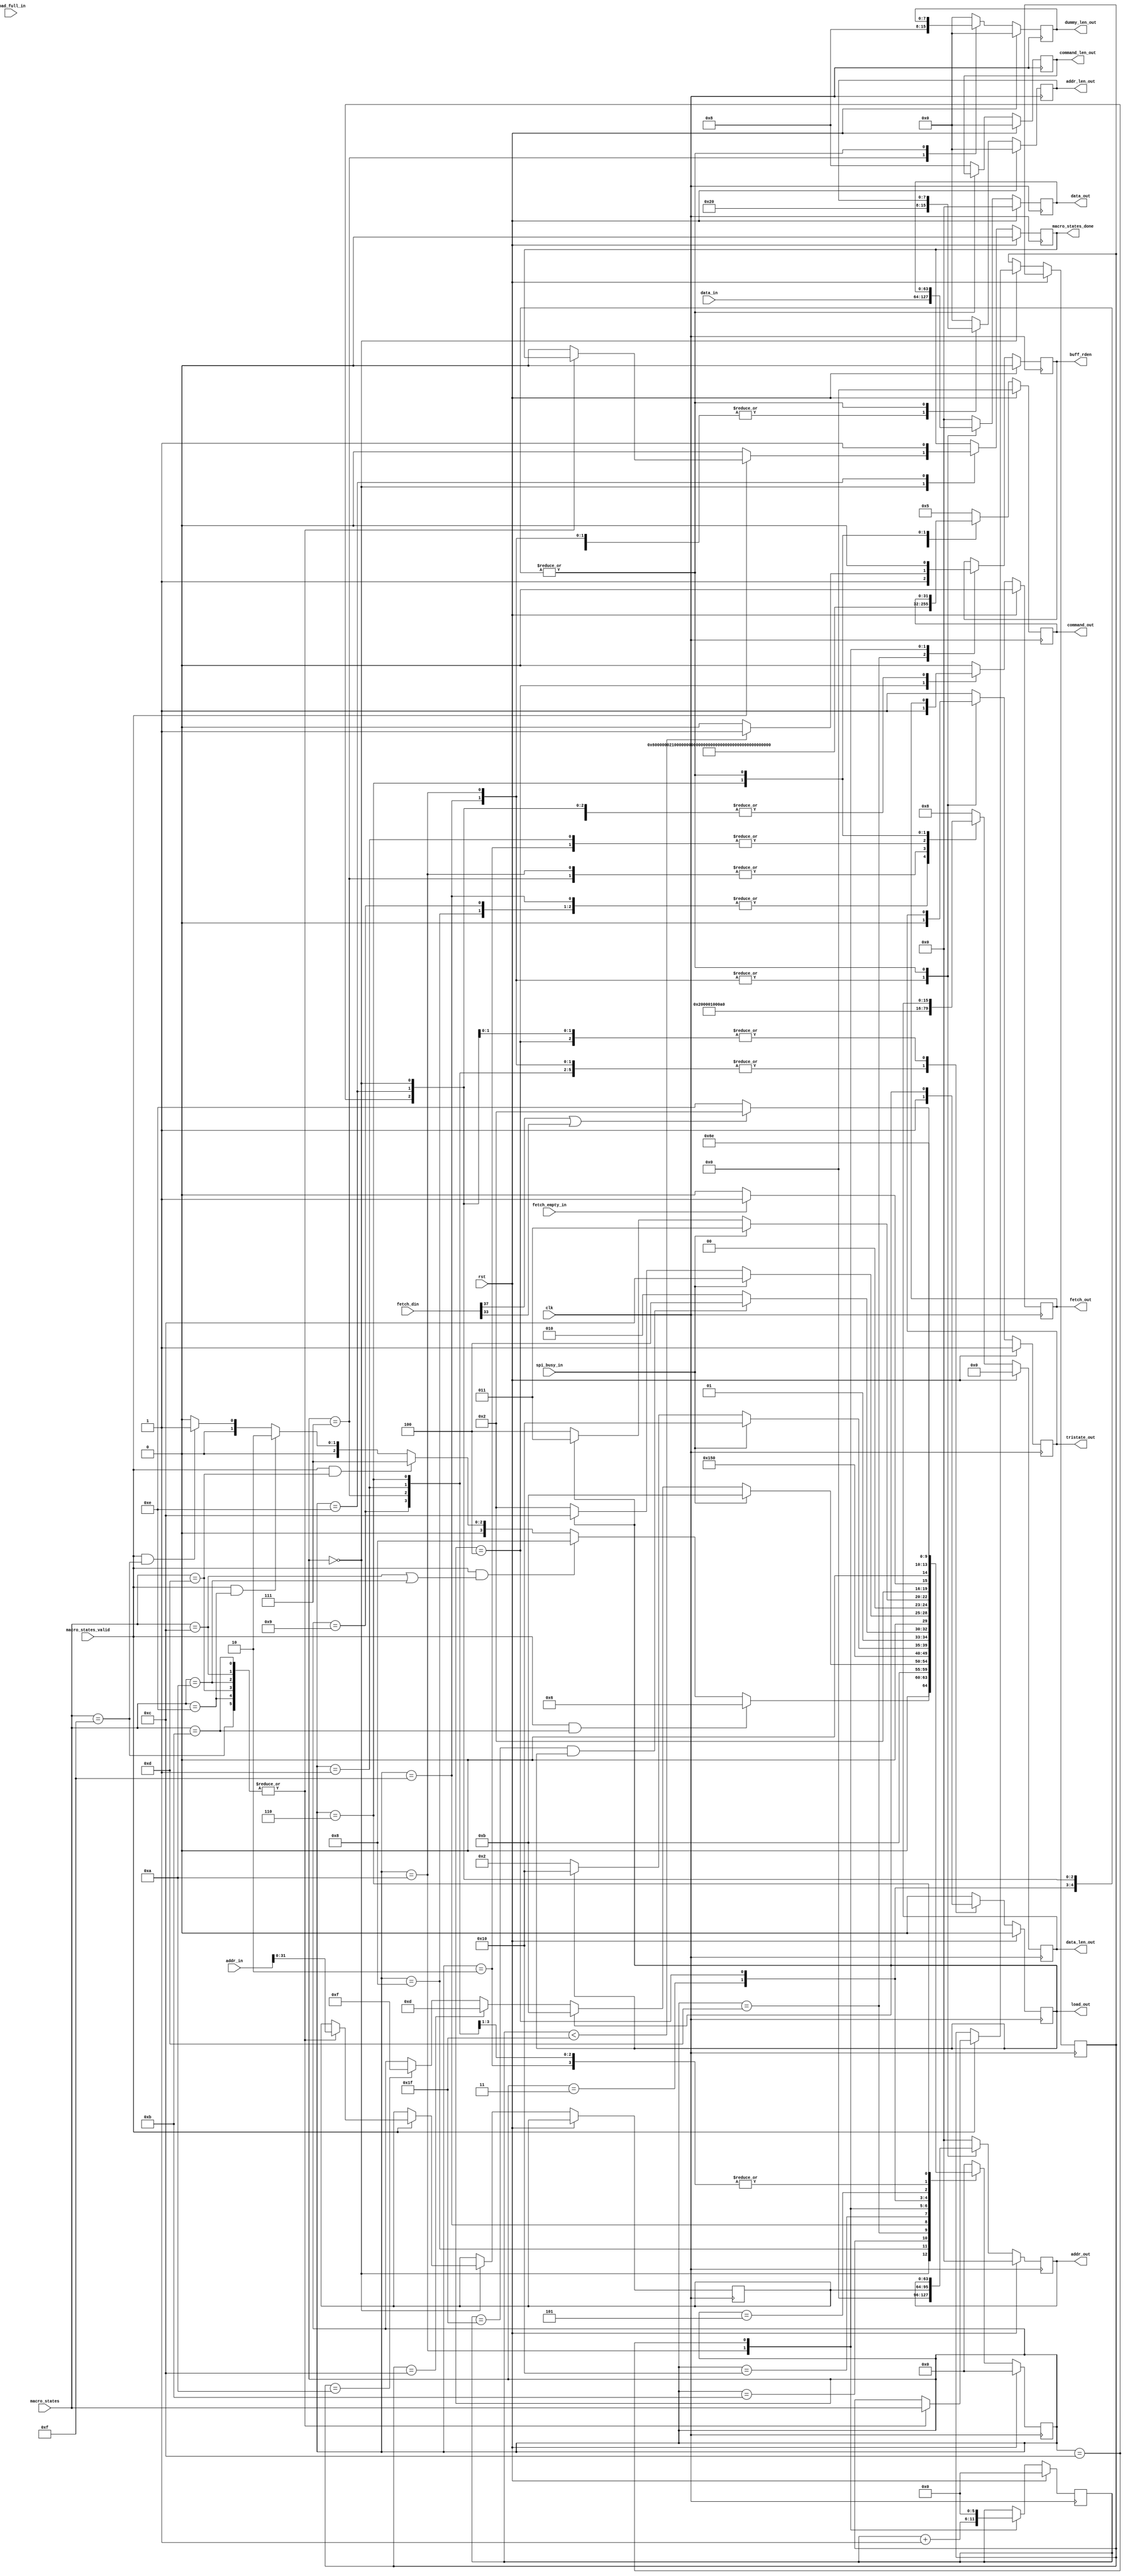
`timescale 1ns / 1ps
//////////////////////////////////////////////////////////////////////////////////
// Designed and Tested for MT25QU256
// Dual I/O and Quand I/O modes are not supported
// Extended Mode with Quad Output Fast Read and Quad Input Fast Program are supported
//////////////////////////////////////////////////////////////////////////////////
module flash_state_machine
(
    input                   clk,             	// Clock signal
    input                   rst,            	// Active-high, synchronous reset
    input  [3:0]            macro_states,
    input                   macro_states_valid,
    output reg              macro_states_done,
    input  [63:0]           addr_in,
    input  [63:0]           data_in,
    output reg              buff_rden,
    output reg              load_out,            // Active-high, synchronous load
    input                   load_full_in,            // Active-high, synchronous full
	output reg [7:0]        command_len_out,		// command length at SPI output width
	output reg [7:0]        addr_len_out,		// addr length at SPI output width
	output reg [7:0]		dummy_len_out,		// dummy cycles
	output reg [15:0]       data_len_out,        // data length at SPI output width
	output reg [31:0]       command_out,
	output reg [63:0]       addr_out,
	output reg [63:0]       data_out,
    output reg              tristate_out,        //1'b1 for flash to fpga, 1'b0 for fpga to flash
	input                   spi_busy_in,
	input	[63:0]			fetch_din,
	output reg 				fetch_out,
	input					fetch_empty_in
);

parameter IDLE      = 5'b00000;
parameter LdRdFSR   = 5'b00001;      //Load Read Flag Statue Register
parameter LdRdSR    = 5'b00010;      //Load Read Statue Register
parameter WtRdSR    = 5'b00011;      //Wait Read Statue Register
parameter FetchSR   = 5'b00100;      //Fetch Statue Register
parameter CkBsySR   = 5'b00101;      //Check Busy Statue Register
parameter LdRdID    = 5'b00110;
parameter LdRdPg    = 5'b00111;		//Load Read Page of 256-Byte
parameter LdWENA    = 5'b01000;		//Load Write Enable CMD
parameter LdWDIS    = 5'b01001;		//Load Write Disable CMD
parameter LdWrPg    = 5'b01010;		//Load Write Page
parameter WtWENA    = 5'b01011;
parameter WtWrPg    = 5'b01100;
parameter RdFIFO    = 5'b01101;
parameter Done      = 5'b01110;
parameter LdErs4kB  = 5'b01111;
parameter WtErs4kB  = 5'b10000;

//macro_states
parameter SetUARTMenu   = 4'h1;
parameter SetUARTAddr   = 4'h2;
parameter SetUARTData   = 4'h3;
parameter SendUARTNewLn = 4'h4;
parameter WaitUARTMsg   = 4'h5;
parameter SetUARTRdFl   = 4'h6;
parameter BuffUART      = 4'h7;

parameter FlashERS4kB   = 4'hA;
parameter FlashRdID     = 4'hB;
parameter FlashWrPg     = 4'hC;
parameter FlashRdPg     = 4'hD;
parameter FlashRdSR     = 4'hE;
parameter FlashRdFR     = 4'hF;

reg         state_busy;
reg [3:0]   macro_states_reg;
reg [31:0]  addr_in_reg;
reg [5:0]   data_cnt;

reg [4:0]   states = IDLE;


always @(posedge clk)
   if (rst) begin
      states <= IDLE;
      state_busy = 0;
      load_out <= 0;
      command_len_out <= 0;
      addr_len_out <= 0;
      dummy_len_out <= 0;
      data_len_out <= 0;
      command_out <= 0;
      addr_out <= 0;
      data_out <= 0;
      tristate_out <= 1;
      fetch_out <= 0;
      buff_rden <= 0;
      data_cnt <= 0;
      macro_states_done = 0;
   end
   else
      case (states)
         IDLE : begin
            if (macro_states_valid && macro_states == FlashRdID)
               states <= LdRdID;
            else if(macro_states_valid && (macro_states == FlashWrPg || macro_states == FlashERS4kB))
               states <= LdWENA;
            else if(macro_states_valid && macro_states == FlashRdPg)
               states <= LdRdPg;
            else if(macro_states_valid && macro_states == FlashRdSR)
               states <= LdRdSR;
			else if(macro_states_valid && macro_states == FlashRdFR)
			   states <= LdRdFSR;
            else
               states <= IDLE;

            if(macro_states_valid)
            begin
                case (macro_states)
                    FlashRdID,
                    FlashWrPg,
                    FlashERS4kB,
                    FlashRdPg,
                    FlashRdSR,
                    FlashRdFR :
                    begin
                        macro_states_reg = macro_states;
                        state_busy = 1;
                        addr_in_reg = addr_in[31:0];
                    end
                    default :
                    begin
                        macro_states_done = 0;
                        state_busy = 0;
                    end
                endcase
            end
            else
            begin
                macro_states_done = 0;
                state_busy = 0;
            end
         end
         LdWENA : begin
            if (1)
               states <= WtWENA;
            else
               states <= IDLE;

            state_busy = 1;
            load_out = 1;
            command_len_out = 8;
            addr_len_out = 0;
            dummy_len_out = 0;
            data_len_out = 0;
            command_out = 8'h06;	//WRITE ENABLE
            addr_out = 0;
            data_out = 0;
            tristate_out = 1;
            fetch_out = 0;
         end
         WtWENA : begin
            if (spi_busy_in)
               states <= WtWENA;
            else if(load_out)
               states <= WtWENA;
            else if(macro_states_reg == FlashWrPg)
               states <= RdFIFO;
            else if(macro_states_reg == FlashERS4kB)
                states <= LdErs4kB;

            load_out = 0;
         end
         RdFIFO : begin
            if (1)
               states <= LdWrPg;
            else
               states <= RdFIFO;

            buff_rden = 1;
            load_out = 0;
         end
         LdErs4kB : begin
            if(1)
			   states <= WtErs4kB;
            else
               states <= LdErs4kB;

            state_busy = 1;
            load_out = 1;
            command_len_out = 8;
            addr_len_out = 32;
            dummy_len_out = 0;
            data_len_out = 0;
            command_out = 8'h21;	//4-BYTE 4KB SUBSECTOR ERASE 
            addr_out = addr_in_reg;
            data_out = data_in;
            tristate_out = 0;
            fetch_out = 0;
         end
         WtErs4kB : begin
            if (spi_busy_in)
               states <= WtErs4kB;
            else if(load_out)
               states <= WtErs4kB;
            else
               states <= LdRdSR;

            load_out = 0;
         end
         LdWrPg : begin
            if(data_cnt == 31 && load_out)
			   states <= WtWrPg;
            else
               states <= LdWrPg;

            state_busy = 1;
            load_out = 1;
            command_len_out = 8;
            addr_len_out = 32;
            dummy_len_out = 0;
            data_len_out = 512;
            command_out = 8'h34;	//4-BYTE QUAD INPUT FAST PROGRAM
            addr_out = addr_in_reg;
            data_out = data_in;
            tristate_out = 0;
            fetch_out = 0;
            if(data_cnt < 31)
                buff_rden = 1;
            else
                buff_rden = 0;
            data_cnt = data_cnt + 1;
         end
         WtWrPg : begin
            if (spi_busy_in)
               states <= WtWrPg;
            else if(load_out)
               states <= WtWrPg;
            else
               states <= LdRdSR;

            buff_rden = 0;
            load_out = 0;
            data_cnt = 0;
         end
         LdRdSR : begin
            if (1)                  //(macro_states_reg == FlashWrPg)
               states <= WtRdSR;
            else
               states <= IDLE;

            state_busy = 1;
            load_out = 1;
            command_len_out = 8;
            addr_len_out = 0;
            dummy_len_out = 0;
            data_len_out = 16;
            command_out = 8'h05;    //READ STATUS REGISTER 
            addr_out = 0;
            data_out = 0;
            tristate_out = 1;
            fetch_out = 0;
         end
         WtRdSR : begin
            if (spi_busy_in)
               states <= WtRdSR;
            else if(load_out)
               states <= WtRdSR;
            else 
               states <= FetchSR;

            load_out = 0;
         end
         FetchSR : begin
            if (fetch_empty_in)
               states <= CkBsySR;
            else
               states <= FetchSR;

            fetch_out = 1;
         end
         CkBsySR : begin
            if (fetch_din[37] | fetch_din[33]) 
               states <= LdRdSR;
            else
               states <= Done;

            state_busy = 1;
            load_out = 0;
            command_len_out = 8;
            addr_len_out = 0;
            dummy_len_out = 0;
            data_len_out = 8;
            command_out = 8'h05;
            addr_out = 0;
            data_out = 0;
            tristate_out = 1;
            fetch_out = 0;
          end
         LdWDIS : begin
            if (1)
               states <= WtRdSR;
            else
               states <= IDLE;

            state_busy = 1;
            load_out = 1;
            command_len_out = 8;
            addr_len_out = 0;
            dummy_len_out = 0;
            data_len_out = 0;
            command_out = 8'h04;	//WRITE DISABLE
            addr_out = 0;
            data_out = 0;
            tristate_out = 1;
            fetch_out = 0;
         end
         LdRdPg : begin
            if (1)
               states <= WtRdSR;
            else
               states <= IDLE;

            state_busy = 1;
            load_out = 1;
            command_len_out = 8;
            addr_len_out = 32;
            dummy_len_out = 8;
            data_len_out = 512;
            command_out = 8'h6C;	//4-BYTE QUAD OUTPUT FAST READ
            addr_out = 0;
            data_out = 0;
            tristate_out = 1;
            fetch_out = 0;
         end
         LdRdFSR : begin
            if (1)
               states <= WtRdSR;
            else
               states <= IDLE;

            state_busy = 1;
            load_out = 1;
            command_len_out = 8;
            addr_len_out = 0;
            dummy_len_out = 0;
            data_len_out = 16;
            command_out = 8'h70;	//READ FLAG STATUS REGISTER 
            addr_out = 0;
            data_out = 0;
            tristate_out = 1;
            fetch_out = 0;
         end
         LdRdID : begin
            if (1)
               states <= Done;
            else
               states <= IDLE;

            state_busy = 1;
            load_out = 1;
            command_len_out = 8;
            addr_len_out = 0;
            dummy_len_out = 0;
            data_len_out = 160;
            command_out = 8'h9E;	//READ ID
            addr_out = 0;
            data_out = 0;
            tristate_out = 1;
            fetch_out = 0;
         end
         Done : begin
            if (1)
               states <= IDLE;
            else
               states <= IDLE;

            state_busy = 1;
            macro_states_done = 1;
         end
         default : begin  // Fault Recovery
            states <= IDLE;

            state_busy = 0;
            load_out = 0;
            command_len_out = 8;
            addr_len_out = 0;
            dummy_len_out = 0;
            data_len_out = 8;
            command_out = 8'h05;
            addr_out = 0;
            data_out = 0;
            tristate_out = 1;
            fetch_out = 0;
         end
      endcase
endmodule